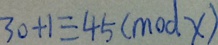
3 0 + 1 \equiv 4 5 ( m o d x )